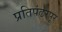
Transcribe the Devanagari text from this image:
प्रतिपंढरपूर